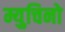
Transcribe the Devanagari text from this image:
म्युचिनो